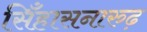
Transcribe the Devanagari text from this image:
सिँहासनारुढ़